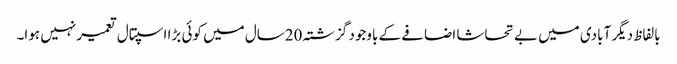
بالفاظ دیگر آبادی میں بے تحاشا اضافے کے باوجود گزشتہ 20سال میں کوئی بڑا اسپتال تعمیر نہیں ہوا۔